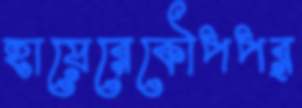
হায়েরেকৌপপর্